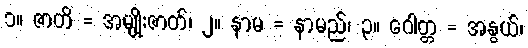
၁။ ဇာတိ = အမျိုးဇာတ်၊ ၂။ နာမ = နာမည်၊ ၃။ ဂေါတ္တ = အနွယ်၊